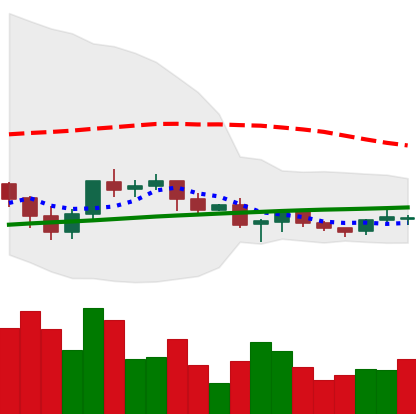
Ticker: XRP-USD
Chart end date: 2021-06-15
Forward return: -12.747%
Label: down_7plus